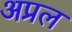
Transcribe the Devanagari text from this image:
अप्रल